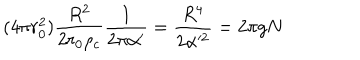
LaTeX: ( 4 \pi r _ { 0 } ^ { 2 } ) { \frac { R ^ { 2 } } { 2 r _ { 0 } \rho _ { c } } } { \frac { 1 } { 2 \pi \alpha ^ { \prime } } } = { \frac { R ^ { 4 } } { 2 \alpha ^ { 2 } } } = 2 \pi g N